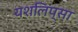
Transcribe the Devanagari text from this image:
यशलिप्सा